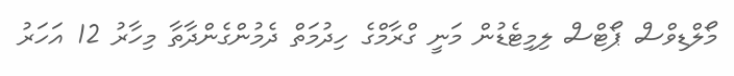
މޯލްޑިވްސް ޕޯޓްސް ލިމިޓެޑުން މަނީ ގްރާމްގެ ހިދުމަތް ދެމުންގެންދާތާ މިހާރު 12 އަހަރު